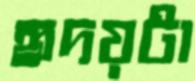
হৃদয়টা